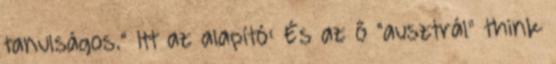
tanulságos." Itt az alapító: És az ő "ausztrál" think